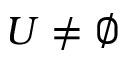
U \neq \emptyset